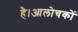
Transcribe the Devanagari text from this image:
है।आलोचकों